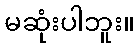
မဆုံးပါဘူး။